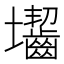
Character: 𡔐